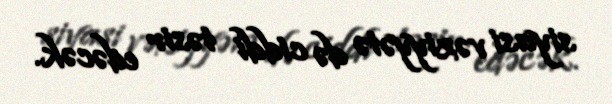
siyasi vəziyyətə də ciddi təsir edəcək.